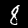
Digit: 8